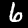
Digit: 6